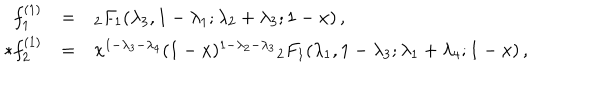
LaTeX: \renewcommand { \arraystretch } { 1 . 5 } \begin{array} { r c l } { { f _ { 1 } ^ { ( 1 ) } } } & { { = } } & { { { } _ { 2 } F _ { 1 } ( \lambda _ { 3 } , 1 - \lambda _ { 1 } ; \lambda _ { 2 } + \lambda _ { 3 } ; 1 - x ) \, , } } \\ { { * f _ { 2 } ^ { ( 1 ) } } } & { { = } } & { { x ^ { 1 - \lambda _ { 3 } - \lambda _ { 4 } } ( 1 - x ) ^ { 1 - \lambda _ { 2 } - \lambda _ { 3 } } { } _ { 2 } F _ { 1 } ( \lambda _ { 1 } , 1 - \lambda _ { 3 } ; \lambda _ { 1 } + \lambda _ { 4 } ; 1 - x ) \, , } } \\ \end{array}